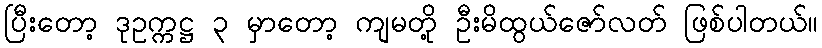
ပြီးတော့ ဒုဥက္ကဋ္ဌ ၃ မှာတော့ ကျမတို့ ဦးမိထွယ်ဇော်လတ် ဖြစ်ပါတယ်။